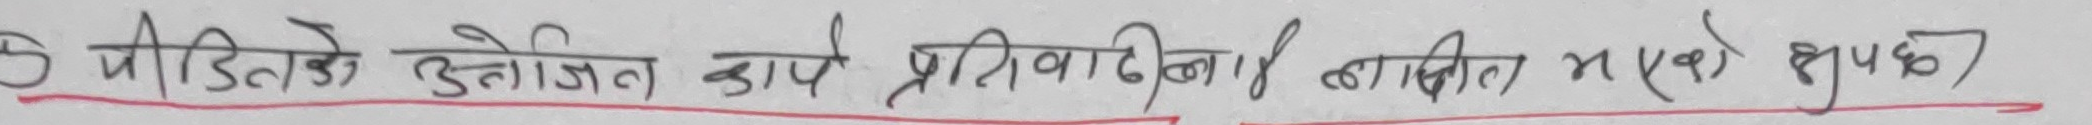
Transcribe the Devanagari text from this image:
6 पीडीले उल्लेखित कार्य प्रतिवादीलाई दाखिल भएको खुल्छ